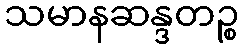
သမာနဆန္ဒတဉ္စ